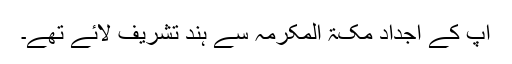
آپ کے اجداد مکۃ المکرمہ سے ہند تشریف لائے تھے۔